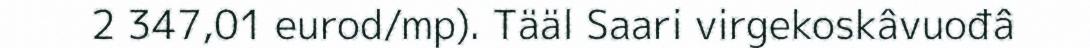
2 347,01 eurod/mp). Tääl Saari virgekoskâvuođâ